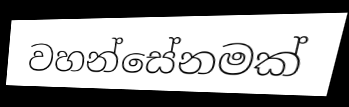
වහන්සේනමක්